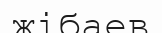
жібаев